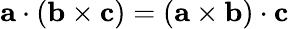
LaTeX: \mathbf{a}\cdot(\mathbf{b}\times\mathbf{c})=(\mathbf{a}\times\mathbf{b})\cdot\mathbf{c}